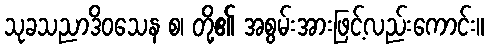
သုခသညာဒိဝသေန စ၊ တို့၏ အစွမ်းအားဖြင့်လည်းကောင်း။